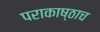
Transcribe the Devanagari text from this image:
पराकाष्ठाच